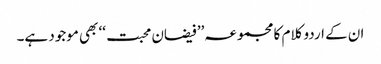
ان کے اردو کلام کا مجموعہ’’ فیضان محبت ‘‘ بھی موجود ہے۔